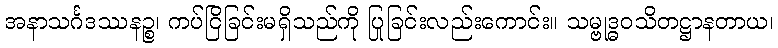
အနာသင်္ဂဒဿနဉ္စ၊ ကပ်ငြိခြင်းမရှိသည်ကို ပြုခြင်းလည်းကောင်း။ သမ္ဗုဒ္ဓဝသိတဋ္ဌာနတာယ၊